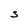
Character: S